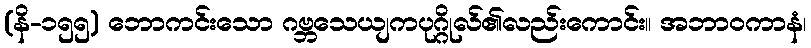
(နိ-၁၅၅) ဘောကင်းသော ဂဗ္ဘသေယျကပုဂ္ဂိုလ်၏လည်းကောင်း။ အဘာဝကာနံ၊